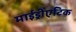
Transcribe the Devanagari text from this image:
माईड्रीएटिक